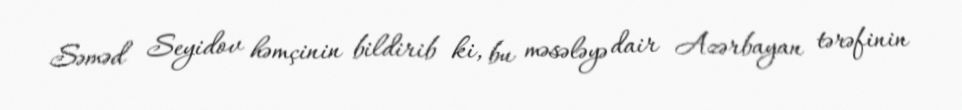
Səməd Seyidov həmçinin bildirib ki, bu məsələyə dair Azərbayan tərəfinin